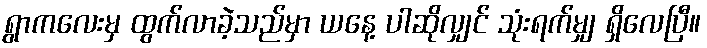
ရွာကလေးမှ ထွက်လာခဲ့သည်မှာ ယနေ့ ပါဆိုလျှင် သုံးရက်မျှ ရှိလေပြီ။